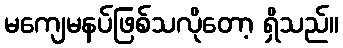
မကျေမနပ်ဖြစ်သလိုတော့ ရှိသည်။